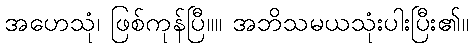
အဟေသုံ၊ ဖြစ်ကုန်ပြီ။။ အဘိသမယသုံးပါးပြီး၏။